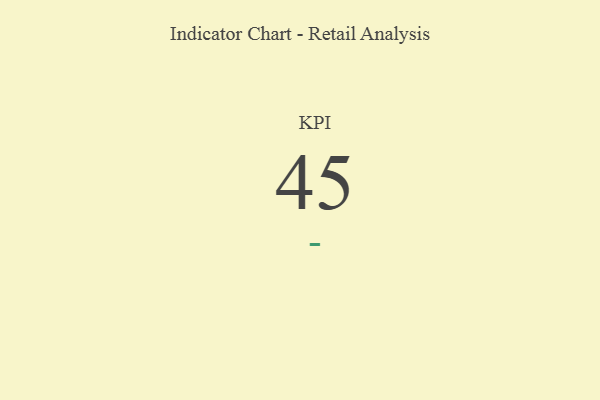
{"axis": {"x": "KPI", "y": "Value"}, "legend": [""], "data": [{"x": "KPI", "y": 45, "type": ""}]}